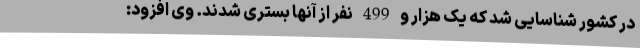
در کشور شناسایی شد که یک هزار و 499 نفر از آنها بستری شدند. وی افزود: